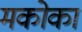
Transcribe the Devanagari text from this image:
मकोका